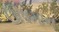
ઊષમાન